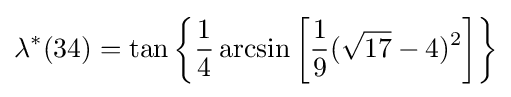
\lambda ^{*}(34)=\tan \left\{{\frac {1}{4}}\arcsin \left[{\frac {1}{9}}({\sqrt {17}}-4)^{2}\right]\right\}